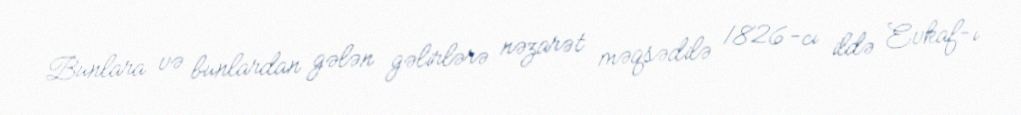
Bunlara və bunlardan gələn gəlirlərə nəzarət məqsədilə 1826-cı ildə Evkaf-ı